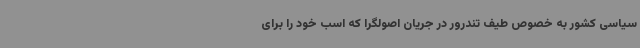
سیاسی کشور به خصوص طیف تندرور در جریان اصولگرا که اسب خود را برای